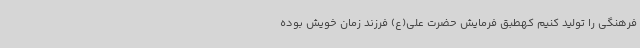
فرهنگی را تولید کنیم کهطبق فرمایش حضرت علی(ع) فرزند زمان خویش بوده